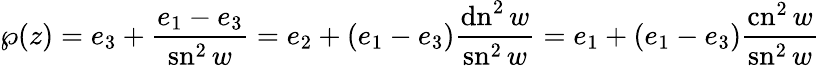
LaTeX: \wp(z)=e_{3}+{\frac{e_{1}-e_{3}}{\operatorname{sn}^{2}w}}=e_{2}+(e_{1}-e_{3}){\frac{\operatorname{dn}^{2}w}{\operatorname{sn}^{2}w}}=e_{1}+(e_{1}-e_{3}){\frac{\operatorname{cn}^{2}w}{\operatorname{sn}^{2}w}}